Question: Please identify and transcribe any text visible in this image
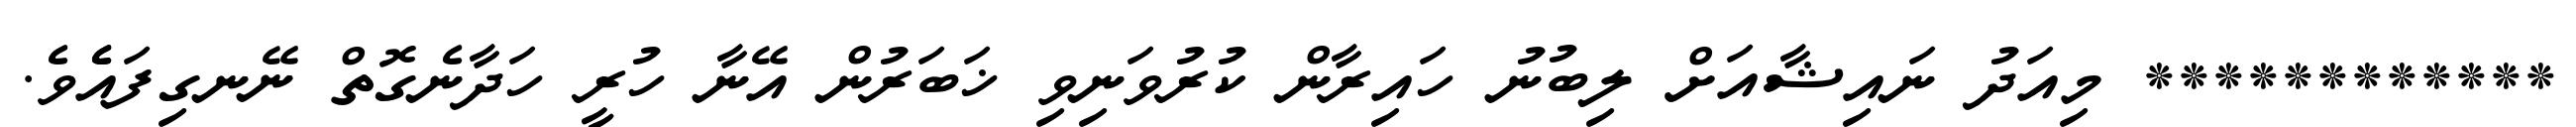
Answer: ************ މިއަދު ނައިޝާއަށް ލިބުނު ހައިރާން ކުރުވަނިވި ޚަބަރުން އޭނާ ހުރީ ހަދާނެގޮތް ނޭނގިފައެެވެ.